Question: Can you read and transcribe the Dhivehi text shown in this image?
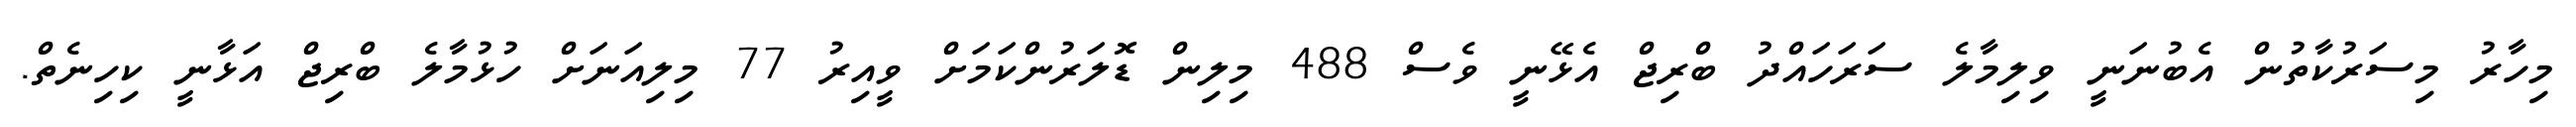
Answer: މިހާރު މިސަރުކާތުން އެބުނަނީ ވިލިމާލެ ސަރަހައްދު ބްރިޖް އެޅޭނީ ވެސް 488 މިލިން ޑޮލަރުންކަމަށް ވީއިރު 77 މިލިއަނަށް ހުޅުމާލެ ބްރިޖް އަޅާނީ ކިހިނެތް.